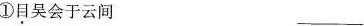
①目吴会于云间___